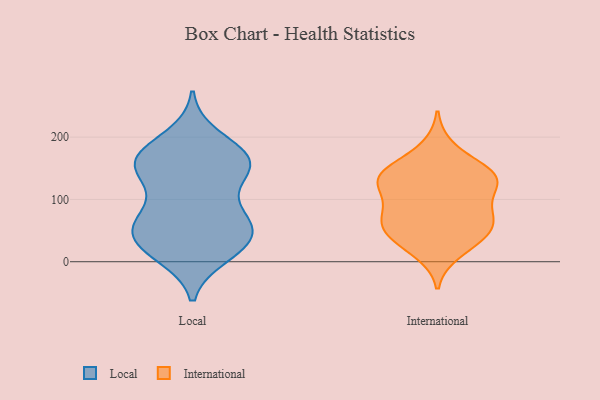
{"axis": {"x": "Satisfaction Score", "y": "Value"}, "legend": ["International", "Local"], "data": [{"x": "", "y": 17, "type": "Local"}, {"x": "", "y": 39, "type": "Local"}, {"x": "", "y": 152, "type": "Local"}, {"x": "", "y": 155, "type": "Local"}, {"x": "", "y": 66, "type": "Local"}, {"x": "", "y": 38, "type": "Local"}, {"x": "", "y": 150, "type": "Local"}, {"x": "", "y": 11, "type": "Local"}, {"x": "", "y": 19, "type": "Local"}, {"x": "", "y": 74, "type": "Local"}, {"x": "", "y": 67, "type": "Local"}, {"x": "", "y": 200, "type": "Local"}, {"x": "", "y": 53, "type": "Local"}, {"x": "", "y": 164, "type": "Local"}, {"x": "", "y": 177, "type": "Local"}, {"x": "", "y": 46, "type": "Local"}, {"x": "", "y": 142, "type": "Local"}, {"x": "", "y": 97, "type": "Local"}, {"x": "", "y": 158, "type": "Local"}, {"x": "", "y": 168, "type": "Local"}, {"x": "", "y": 135, "type": "International"}, {"x": "", "y": 39, "type": "International"}, {"x": "", "y": 58, "type": "International"}, {"x": "", "y": 138, "type": "International"}, {"x": "", "y": 129, "type": "International"}, {"x": "", "y": 65, "type": "International"}, {"x": "", "y": 15, "type": "International"}, {"x": "", "y": 143, "type": "International"}, {"x": "", "y": 79, "type": "International"}, {"x": "", "y": 95, "type": "International"}, {"x": "", "y": 52, "type": "International"}, {"x": "", "y": 136, "type": "International"}, {"x": "", "y": 71, "type": "International"}, {"x": "", "y": 115, "type": "International"}, {"x": "", "y": 143, "type": "International"}, {"x": "", "y": 33, "type": "International"}, {"x": "", "y": 183, "type": "International"}]}